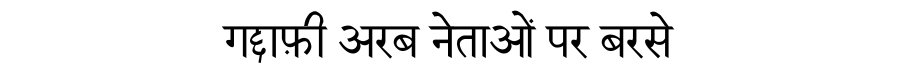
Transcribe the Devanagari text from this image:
गद्दाफ़ी अरब नेताओं पर बरसे